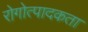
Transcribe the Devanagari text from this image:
रोगोत्पादकता